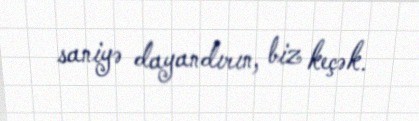
saniyə dayandırın, biz keçək.